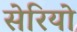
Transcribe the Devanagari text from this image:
सेरियो